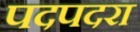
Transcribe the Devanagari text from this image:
पदपदरा